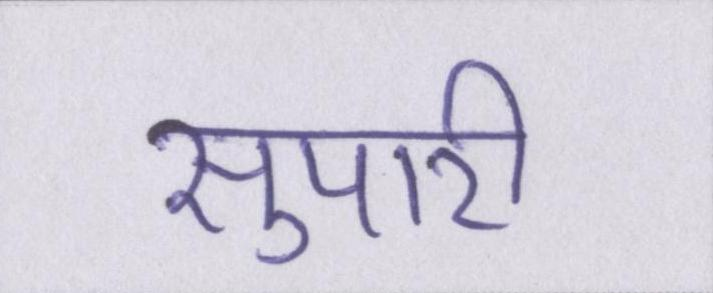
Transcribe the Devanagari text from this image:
सुपारी